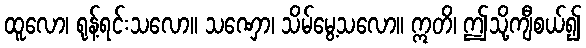
ထူလော၊ ရုန့်ရင်းသလော။ သဏှော၊ သိမ်မွေ့သလော။ ဣတိ၊ ဤသို့ကျီစယ်၍